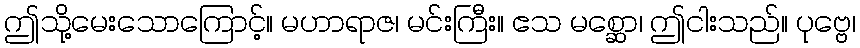
ဤသို့မေးသောကြောင့်။ မဟာရာဇ၊ မင်းကြီး။ ဧသ မစ္ဆော၊ ဤငါးသည်။ ပုဗ္ဗေ၊